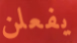
يفعلن